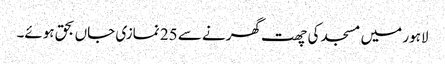
لاہور میں مسجد کی چھت گھرنے سے 25 نمازی جاں بحق ہوئے۔